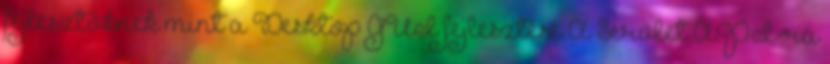
fejlesztőknek mint a Desktop GUI fejlesztése A Servlet API-ra